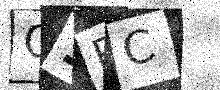
Text: Q1PC